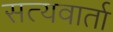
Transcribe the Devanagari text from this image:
सत्यवार्ता